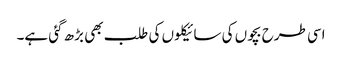
اسی طرح بچوں کی سائیکلوں کی طلب بھی بڑھ گئی ہے۔